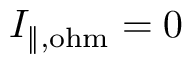
I _ { \mathrm { \| , o h m } } = 0